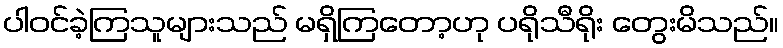
ပါဝင်ခဲ့ကြသူများသည် မရှိကြတော့ဟု ပရိုသီရိုး တွေးမိသည်။